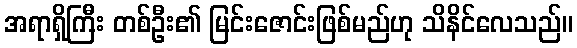
အရာရှိကြီး တစ်ဦး၏ မြင်းဇောင်းဖြစ်မည်ဟု သိနိင်လေသည်။